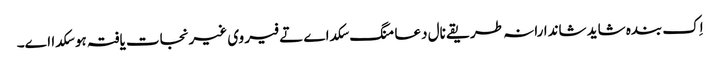
اِک بندہ شاید شاندارانہ طریقے نال دعا منگ سکدا ے تے فیر وی غیرنجات یافتہ ہو سکدا اے۔